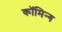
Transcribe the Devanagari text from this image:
कॉमिन्ग